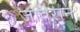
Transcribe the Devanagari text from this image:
जावरान